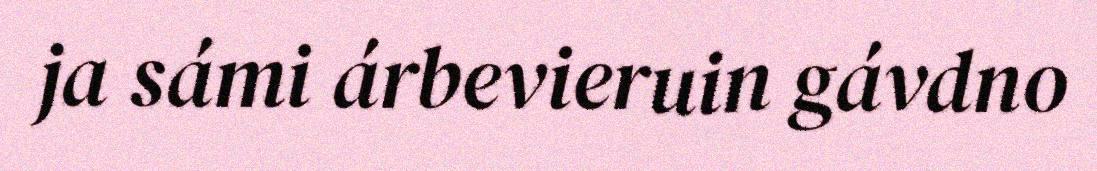
ja sámi árbevieruin gávdno